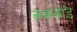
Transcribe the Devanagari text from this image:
कन्नंकोड़े